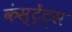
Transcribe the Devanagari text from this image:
कंस्ट्रेंट्स